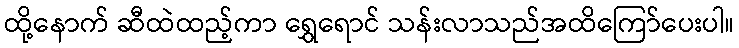
ထို့နောက် ဆီထဲထည့်ကာ ရွှေရောင် သန်းလာသည်အထိကြော်ပေးပါ။